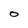
Character: O